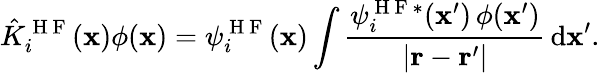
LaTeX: \hat{K}_{i}^{\mathrm{~H~F~}}(\mathbf{x})\phi(\mathbf{x})=\psi_{i}^{\mathrm{~H~F~}}(\mathbf{x})\int\frac{\psi_{i}^{\mathrm{~H~F~}\ast}(\mathbf{x}^{\prime})\, \phi(\mathbf{x}^{\prime})}{|\mathbf{r}-\mathbf{r}^{\prime}|}\, \mathrm{d}\mathbf{x}^{\prime}.